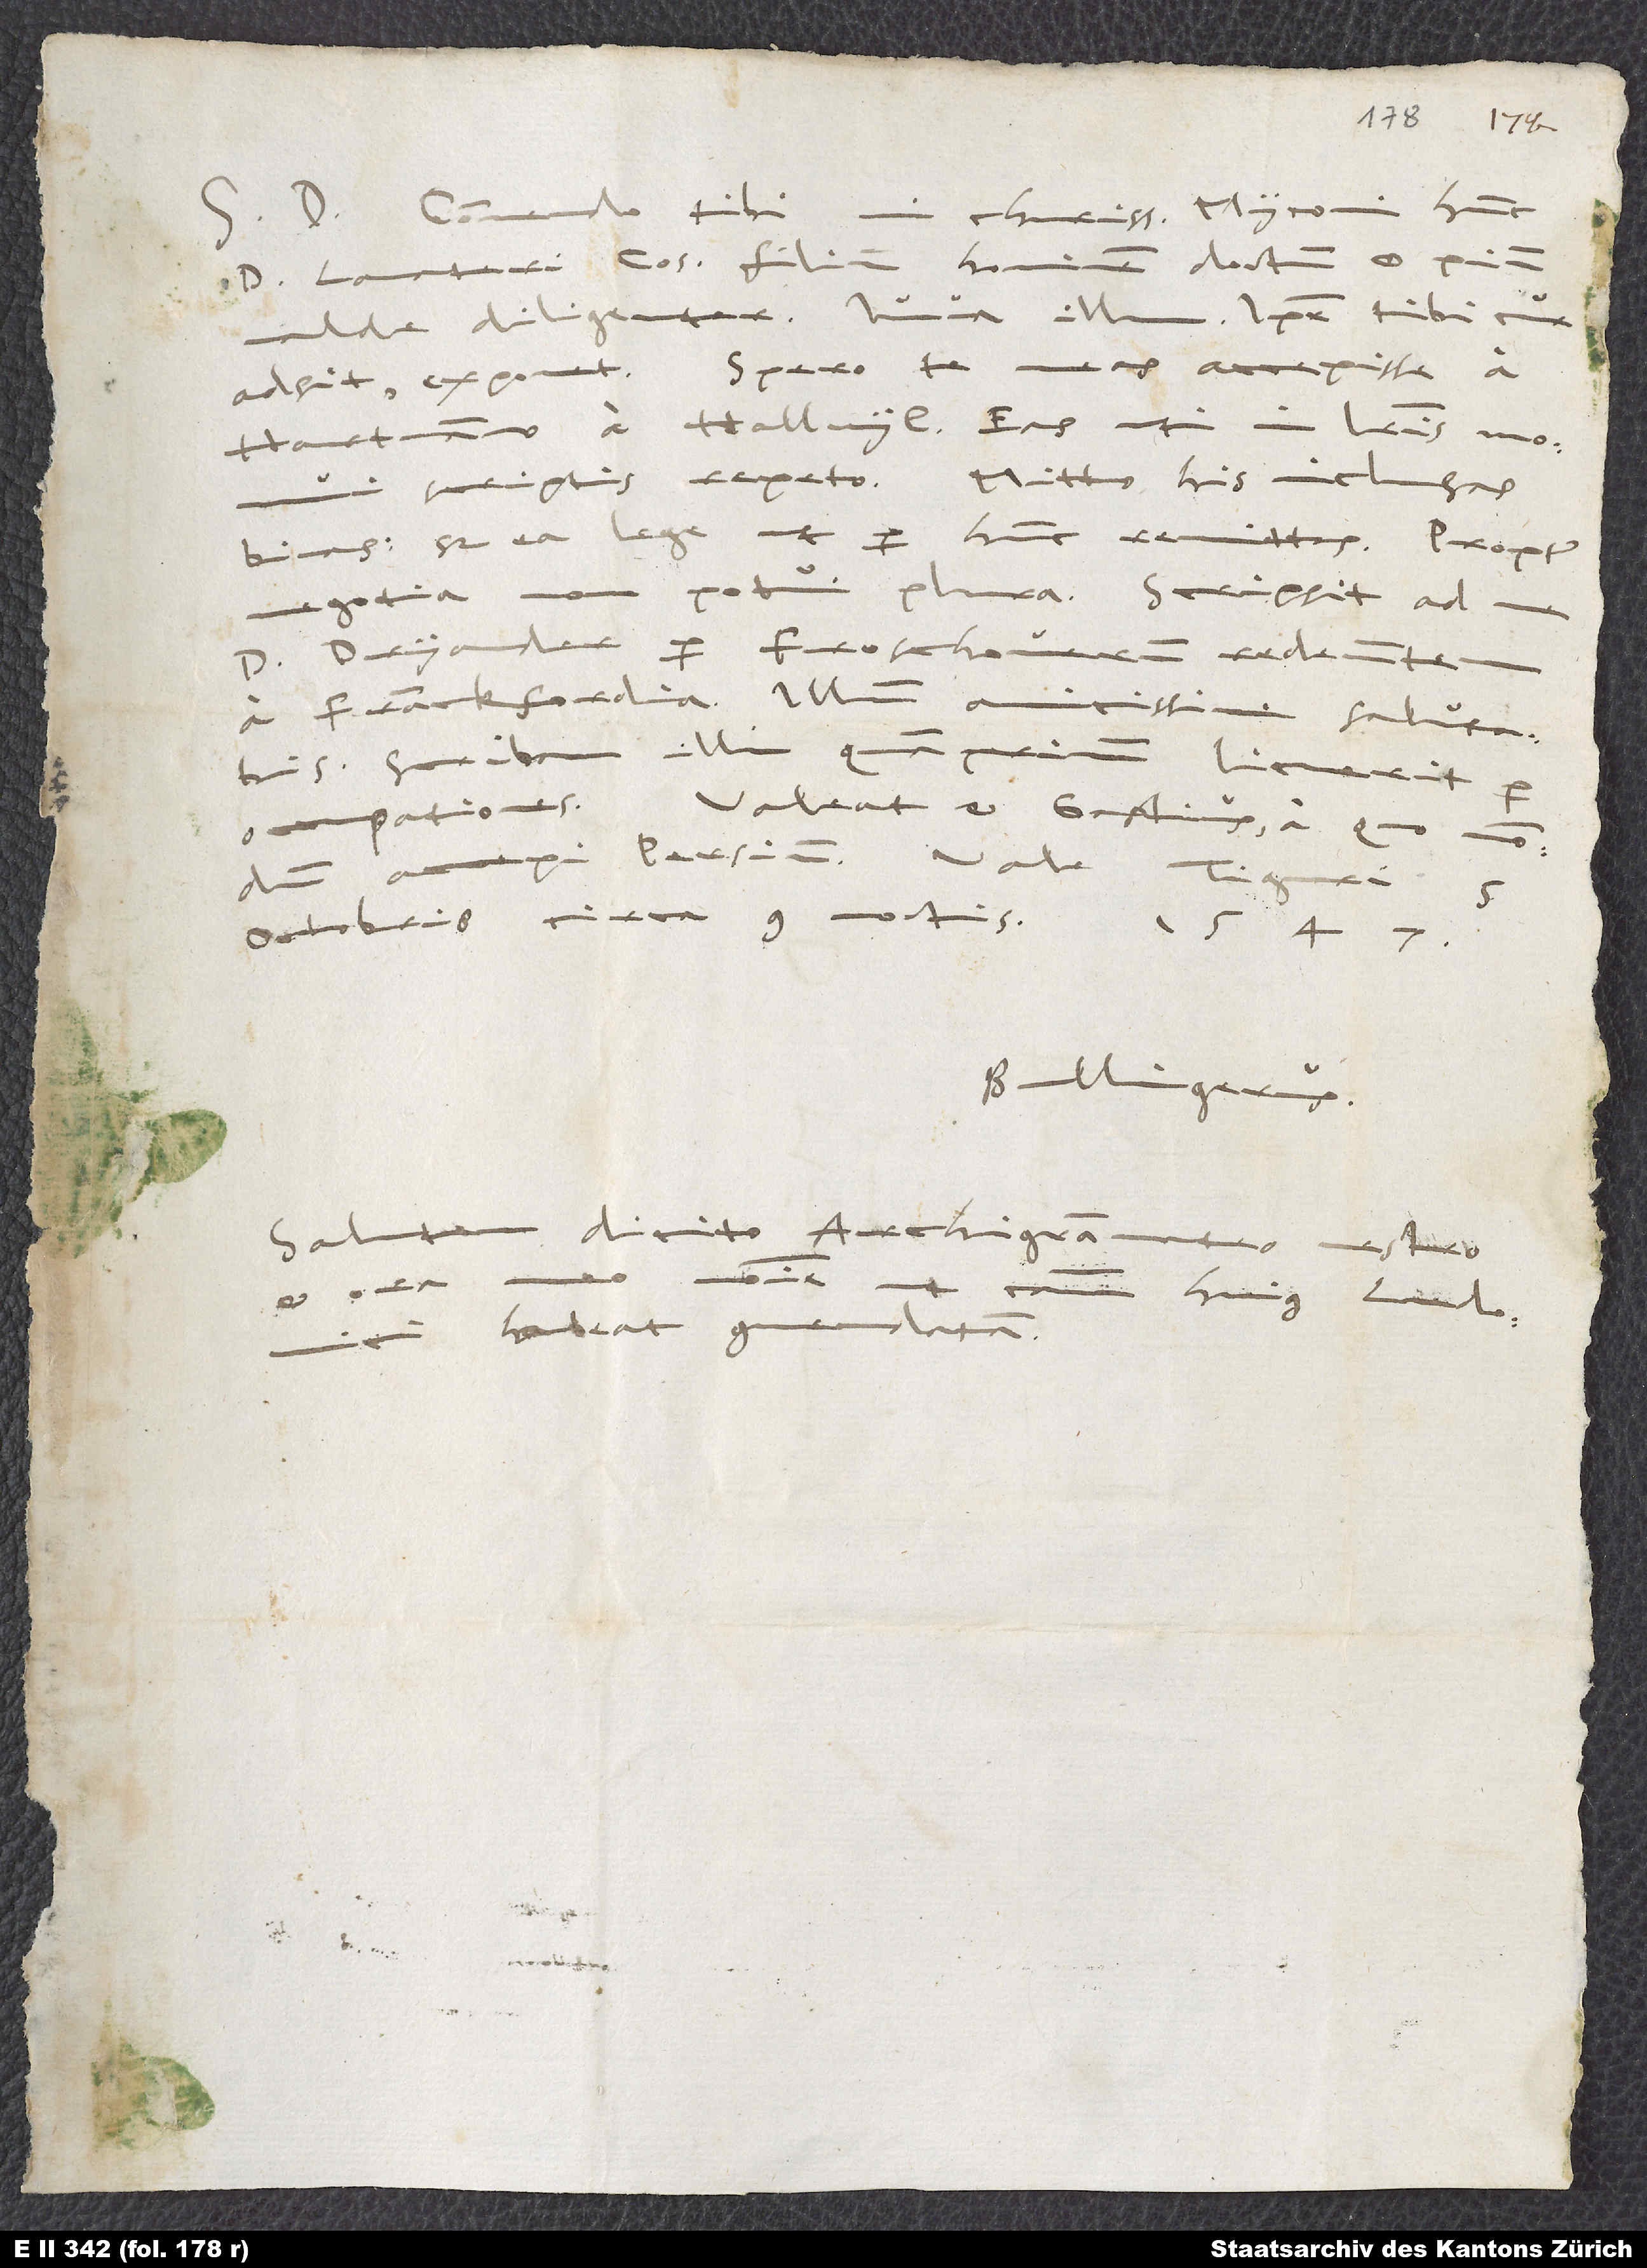
D. Commendo tibi, mi charissime Myconi, hunc
d. Lavateri consulis filium, hominem doctum et pium,
valde diligenter. Iuva illum! Ipse tibi, cur
Hartmanno a Hallwyl. Eas, uti in literis monui
scriptis, repeto. Mitto his inclusas
binas, sed ea lege, ut per hunc remittas. Propter
d. Dryander per Froschoverum redeuntem
a Franckfordia. Illum amicissime salutabis.
Scribam illi, quamprimum licuerit per
occupa tiones. Valeat et Gastius, a quo nondum
accepi Persium. Vale. Tiguri, 5.
octobris circa 9. noctis 1547.
Bullingerus.
Salutem dicito archigrammateo vestro
nomine, ut causam
habeat commendatam.